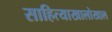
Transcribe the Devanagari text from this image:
साहित्याखालोखाल